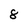
Character: 8